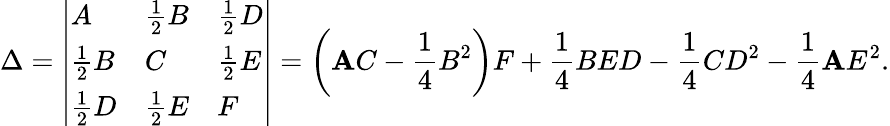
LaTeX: \Delta={\left|\begin{array}{lll}{A}&{{\frac{1}{2}}B}&{{\frac{1}{2}}D}\\ {{\frac{1}{2}}B}&{C}&{{\frac{1}{2}}E}\\ {{\frac{1}{2}}D}&{{\frac{1}{2}}E}&{F}\end{array}\right|}=\left(\mathbf{A}C-{\frac{{1}}{{4}}}B^{2}\right)F+{\frac{{1}}{{4}}}BED-{\frac{{1}}{{4}}}CD^{2}-{\frac{{1}}{{4}}}\mathbf{A}E^{2}.